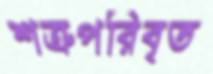
শত্রুপরিবৃত